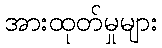
အားထုတ်မှုများ